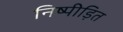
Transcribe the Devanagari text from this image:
निष्पीड़ित